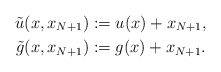
\begin{align*}\tilde{u}(x,x_{N+1})&:=u(x)+x_{N+1},\\\tilde{g}(x,x_{N+1})&:=g(x)+x_{N+1}.\end{align*}